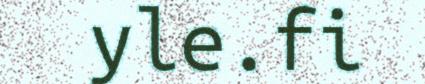
yle.fi